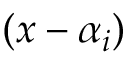
( x - \alpha _ { i } )